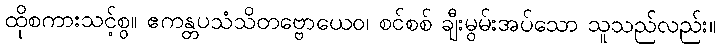
ထိုစကားသင့်စွ။ ဧကန္တပသံသိတဗ္ဗောယေဝ၊ စင်စစ် ချီးမွမ်းအပ်သော သူသည်လည်း။